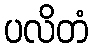
ပလိတံ